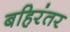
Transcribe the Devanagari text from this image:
बहिरंतर